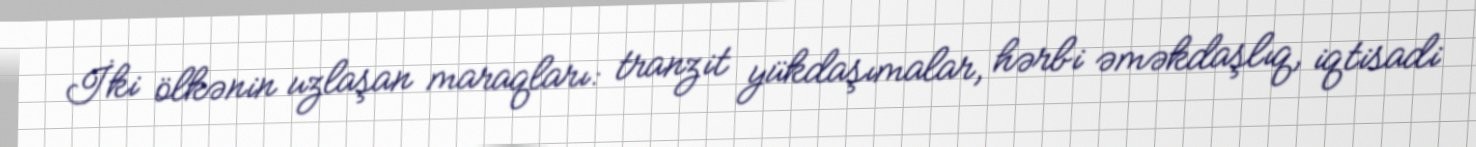
İki ölkənin uzlaşan maraqları: tranzit yükdaşımalar, hərbi əməkdaşlıq, iqtisadi